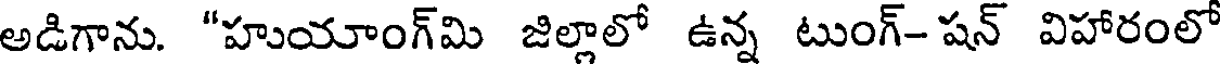
అడిగాను. "హుయాంగ్మి జిల్లాలో ఉన్న టుంగ్-షన్ విహారంలో